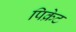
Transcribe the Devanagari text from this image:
पिक्रेट